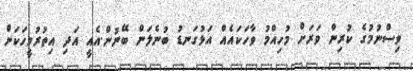
ވިސްނުމުގެ ކުރިން ވަރަށް މުހިއްމު ވާހަކައެއް އަޅުގަނޑު ބުނެލަން ބޭނުން.އެއީ އަދި އިތުރުމީހަކަށް